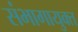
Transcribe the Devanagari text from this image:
संभागायुक्त